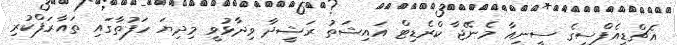
އެޗްޑީއެފްސީގެ ސީނިއާ މެނޭޖާ ކްރެޑިޓް އައިޝަތު ރަޝީދާ ވިދާޅުވީ މިދިޔަ ހަފުތާގައި ތައާރަފްކުރި